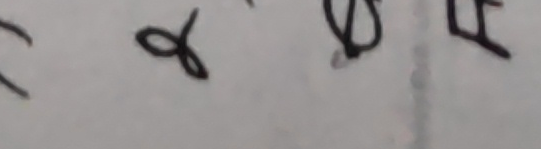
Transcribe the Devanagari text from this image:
रहे